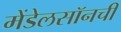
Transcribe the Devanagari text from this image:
मेंडेलसॉनची